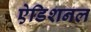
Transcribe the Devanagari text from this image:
ऐडिशनल